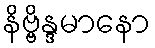
နိဗ္ဗိန္ဒမာနော